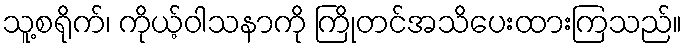
သူ့စရိုက်၊ ကိုယ့်ဝါသနာကို ကြိုတင်အသိပေးထားကြသည်။